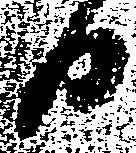
日